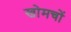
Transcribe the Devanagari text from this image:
खोमचों